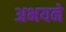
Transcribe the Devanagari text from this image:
अभयने